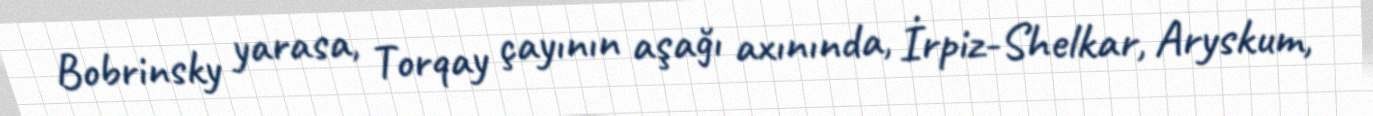
Bobrinsky yarasa, Torqay çayının aşağı axınında, İrpiz-Shelkar, Aryskum,